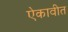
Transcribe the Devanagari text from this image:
ऐकावीत